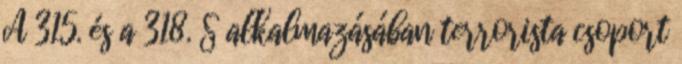
A 315. és a 318. § alkalmazásában terrorista csoport